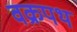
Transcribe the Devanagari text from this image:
वक्रपथ